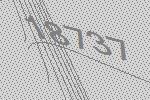
18737